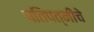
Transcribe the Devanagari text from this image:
पतिपत्नीचे